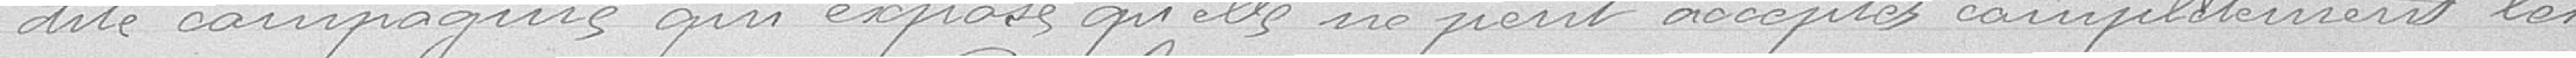
dite compagnie qui expose qu'elle ne peut accepter complétement les